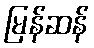
မြန်ဆန်